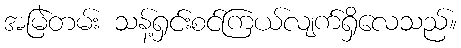
အမြဲတမ်း သန့်ရှင်းစင်ကြယ်လျက်ရှိလေသည်။